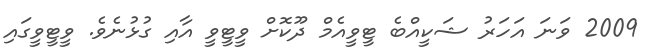
2009 ވަނަ އަހަރު ޝަކީއްބެ ޓީވީއެމް ދޫކޮށް ވީޓީވީ އާއި ގުޅުނެވެ. ވީޓީވީގައި